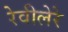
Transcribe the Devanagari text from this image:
रेवीलेरे